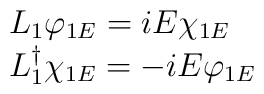
\begin{array}{l}  L_1 \varphi_{1E} = i E \chi_{1E} \\  L_1^\dag \chi_{1E} =-i E \varphi_{1E}\end{array}